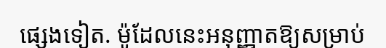
ផ្សេងទៀត. ម៉ូដែលនេះអនុញ្ញាតឱ្យសម្រាប់